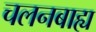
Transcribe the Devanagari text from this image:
चलनबाह्य